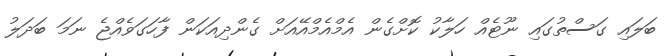
ބަލައި ގަސްތުގައި ނޫޓެއް ހަލާކު ކޮށްގެން އެމްއެމްއޭއަށް ގެންދިއަކަން ފާހަގަވެއްޖެ ނަމަ ބަދަލު